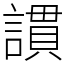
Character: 謴